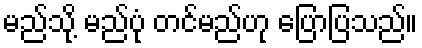
မည်သို့ မည်ပုံ တင်မည်ဟု ပြောပြသည်။